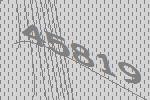
45819